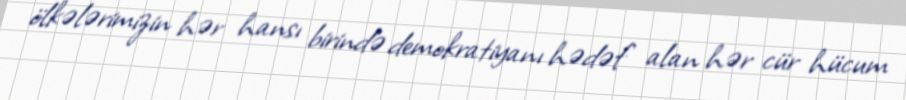
ölkələrimizin hər hansı birində demokratiyanı hədəf alan hər cür hücum